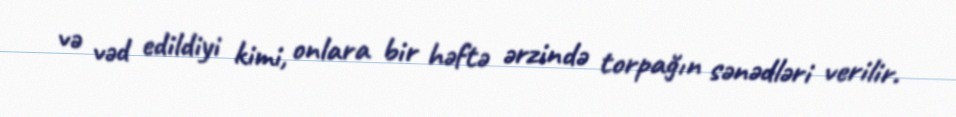
və vəd edildiyi kimi, onlara bir həftə ərzində torpağın sənədləri verilir.